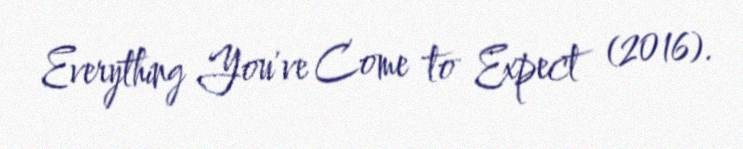
Everything You've Come to Expect (2016).